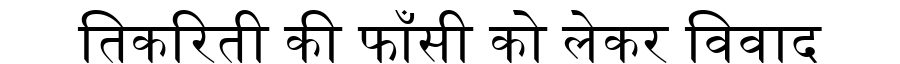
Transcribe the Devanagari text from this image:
तिकरिती की फाँसी को लेकर विवाद